Problem: 2 + 10 = ?
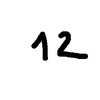
Handwritten answer: 12